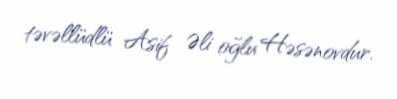
təvəllüdlü Asif Əli oğlu Həsənovdur.